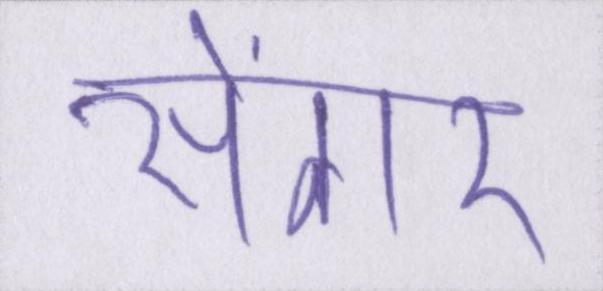
सेंगर